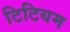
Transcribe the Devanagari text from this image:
टिटियम